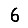
Digit: 6